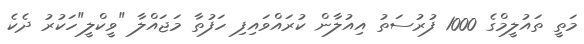
މަތީ ތައުލީމްގެ 1000 ފުރުސަތު އިއުލާން ކުރައްވައިފި ހަފުތާ މަޖައްލާ "ވީކްލީ"ހަކުރު ދެކެ